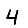
Digit: 4